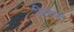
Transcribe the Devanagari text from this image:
विन्‍यास